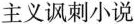
主义讽刺小说